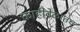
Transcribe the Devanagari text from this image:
काहीवेळातच